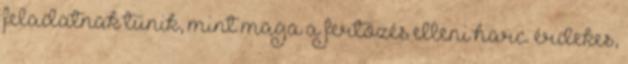
feladatnak tűnik, mint maga a fertőzés elleni harc. érdekes,